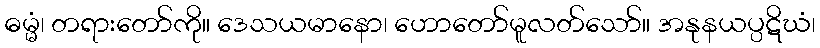
ဓမ္မံ၊ တရားတော်ကို။ ဒေသယမာနော၊ ဟောတော်မူလတ်သော်။ အနုနယပ္ပဋိဃံ၊